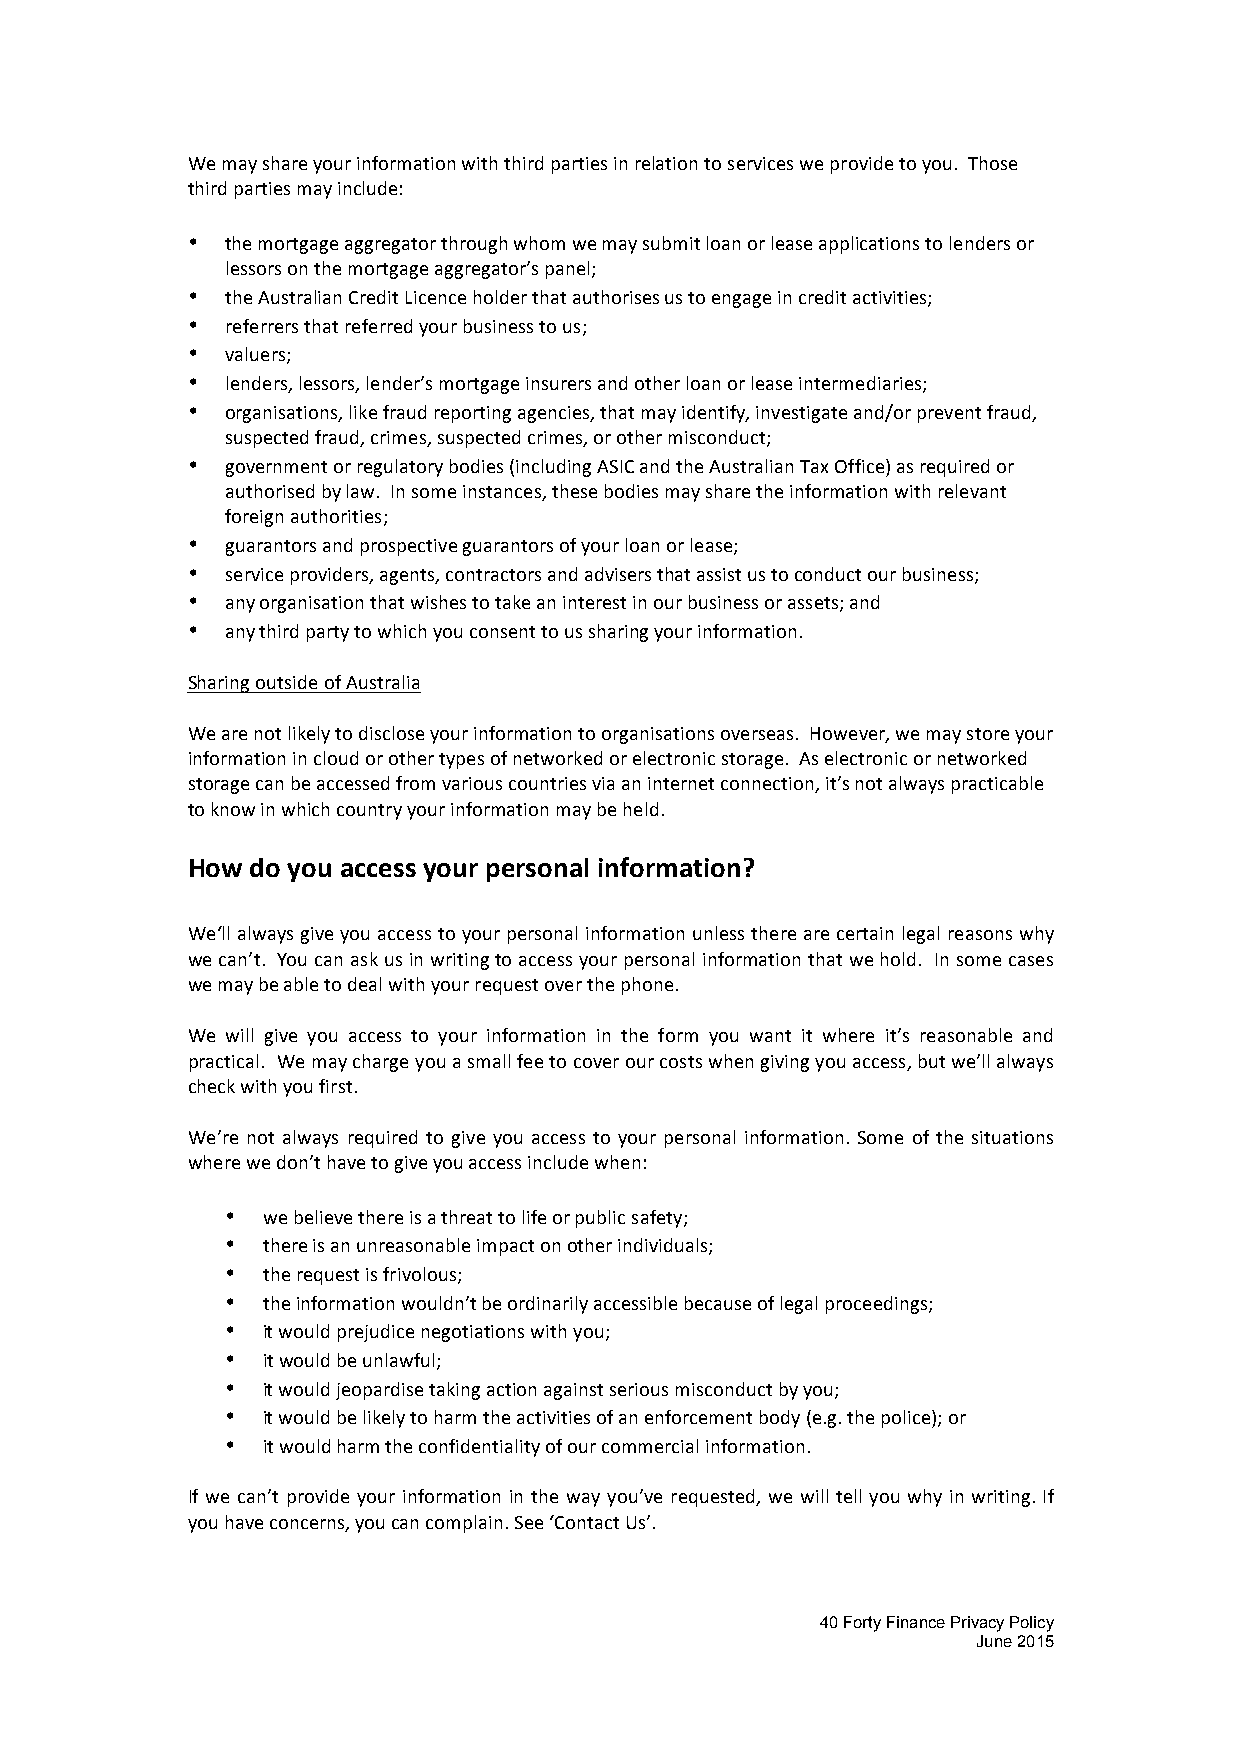
We may share your information with third parties in relation to services we provide to you. Those
 third parties may include:
 •  the mortgage aggregator through whom we may submit loan or lease applications to lenders or
 lessors on the mortgage aggregator’s panel;
 •  the Australian Credit Licence holder that authorises us to engage in credit activities;
 •  referrers that referred your business to us;
 •  valuers;
 •  lenders, lessors, lender’s mortgage insurers and other loan or lease intermediaries;
 •  organisations, like fraud reporting agencies, that may identify, investigate and/or prevent fraud,
 suspected fraud, crimes, suspected crimes, or other misconduct;
 •  government or regulatory bodies (including ASIC and the Australian Tax Office) as required or
 authorised by law. In some instances, these bodies may share the information with relevant
 foreign authorities;
 •  guarantors and prospective guarantors of your loan or lease;
 •  service providers, agents, contractors and advisers that assist us to conduct our business;
 •  any organisation that wishes to take an interest in our business or assets; and
 •  any third party to which you consent to us sharing your information.
 Sharing outside of Australia
 We are not likely to disclose your information to organisations overseas. However, we may store your
 information in cloud or other types of networked or electronic storage. As electronic or networked
 storage can be accessed from various countries via an internet connection, it’s not always practicable
 to know in which country your information may be held.
 How  do you access your personal information?
 We‘ll always give you access to your personal information unless there are certain legal reasons why
 we can’t. You can ask us in writing to access your personal information that we hold. In some cases
 we may be able to deal with your request over the phone.
 We will give you access to your information in the form you want it where it’s reasonable and
 practical. We may charge you a small fee to cover our costs when giving you access, but we’ll always
 check with you first.
 We’re not always required to give you access to your personal information. Some of the situations
 where we don’t have to give you access include when:
 • we believe there is a threat to life or public safety;
 • there is an unreasonable impact on other individuals;
 • the request is frivolous;
 • the information wouldn’t be ordinarily accessible because of legal proceedings;
 • it would prejudice negotiations with you;
 • it would be unlawful;
 • it would jeopardise taking action against serious misconduct by you;
 • it would be likely to harm the activities of an enforcement body (e.g. the police); or
 • it would harm the confidentiality of our commercial information.
 If we can’t provide your information in the way you’ve requested, we will tell you why in writing. If
 you have concerns, you can complain. See ‘Contact Us’.
 40 Forty Finance Privacy Policy
 June 2015